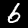
Label: 6